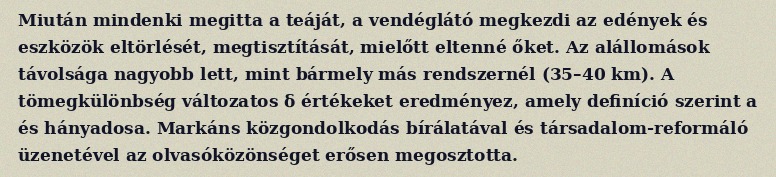
Miután mindenki megitta a teáját, a vendéglátó megkezdi az edények és eszközök eltörlését, megtisztítását, mielőtt eltenné őket. Az alállomások távolsága nagyobb lett, mint bármely más rendszernél (35–40 km). A tömegkülönbség változatos δ értékeket eredményez, amely definíció szerint a és hányadosa. Markáns közgondolkodás bírálatával és társadalom-reformáló üzenetével az olvasóközönséget erősen megosztotta.